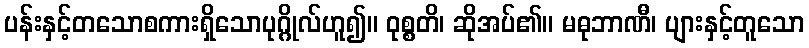
ပန်းနှင့်တသောစကားရှိသောပုဂ္ဂိုလ်ဟူ၍။ ဝုစ္စတိ၊ ဆိုအပ်၏။ မဓုဘာဏီ၊ ပျားနှင့်တူသော